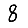
Digit: 8